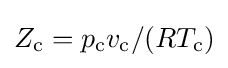
Z_{\text{c}}=p_{\text{c}}v_{\text{c}}/(RT_{\text{c}})